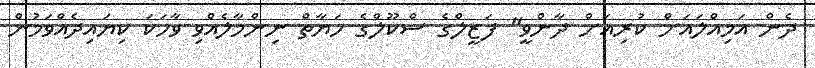
ދެން އަމިއްލައަށް ކުރިއަށް ދާންވީ" ފަޒީލްގެ ސްކޫލްގެ ހަޔާތް ނިންމާލެއްވި ވާހަކަ ކިޔައިދެއްވަމުން